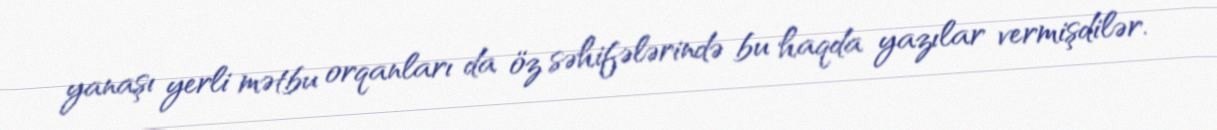
yanaşı yerli mətbu orqanları da öz səhifələrində bu haqda yazılar vermişdilər.